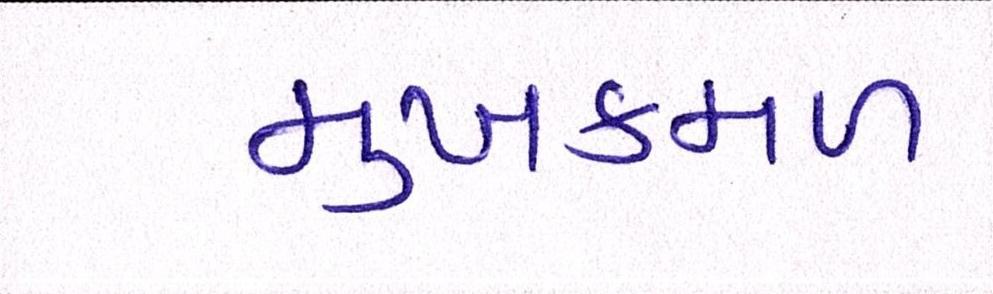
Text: મુખકમળ